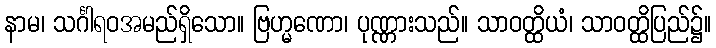
နာမ၊ သင်္ဂါရဝအမည်ရှိသော။ ဗြဟ္မဏော၊ ပုဏ္ဏားသည်။ သာဝတ္ထိယံ၊ သာဝတ္ထိပြည်၌။